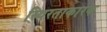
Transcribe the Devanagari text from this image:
स्थिरताकारक